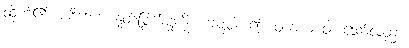
ထိုက်၏။ ဝစီဘေဒံ၊ နှုတ်မြွက်မှုကို။ ကတွာ၊ ၍။ ဝါစာယ ဝါ၊ သော်လည်း။